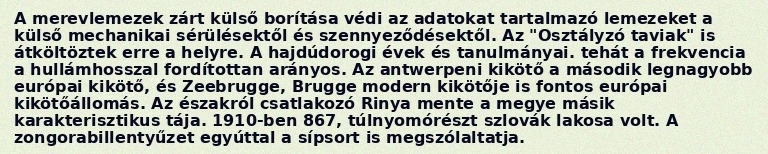
A merevlemezek zárt külső borítása védi az adatokat tartalmazó lemezeket a külső mechanikai sérülésektől és szennyeződésektől. Az "Osztályzó taviak" is átköltöztek erre a helyre. A hajdúdorogi évek és tanulmányai. tehát a frekvencia a hullámhosszal fordítottan arányos. Az antwerpeni kikötő a második legnagyobb európai kikötő, és Zeebrugge, Brugge modern kikötője is fontos európai kikötőállomás. Az északról csatlakozó Rinya mente a megye másik karakterisztikus tája. 1910-ben 867, túlnyomórészt szlovák lakosa volt. A zongorabillentyűzet egyúttal a sípsort is megszólaltatja.